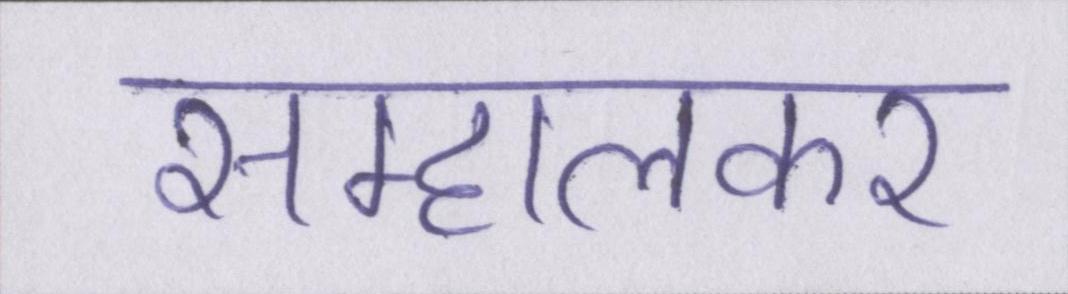
सम्हालकर